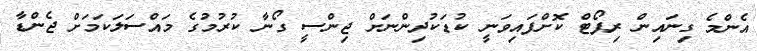
އެންމެ ގިނައިން ރިޕޯޓް ކޮށްފައިވަނީ ކުޑަކުދިންނަށް ޖިންސީ ގޯނާ ކުރުމުގެ މައްސަލަކަމަށް ޖެންޑާ